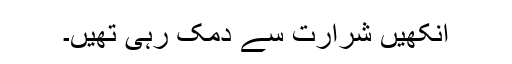
آنکھیں شرارت سے دمک رہی تھیں۔